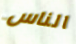
الناس